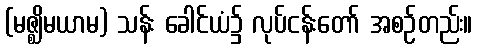
(မဇ္ဈိမယာမ) သန်း ခေါင်ယံ၌ လုပ်ငန်းတော် အစဉ်တည်း။